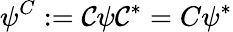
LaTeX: \psi^{C}:=\mathcal{C}\psi\mathcal{C}^{*}=C\psi^{*}